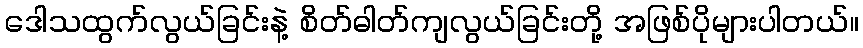
ဒေါသထွက်လွယ်ခြင်းနဲ့ စိတ်ဓါတ်ကျလွယ်ခြင်းတို့ အဖြစ်ပိုများပါတယ်။